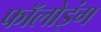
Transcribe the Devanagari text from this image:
फाॅलोइंग